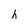
Character: h